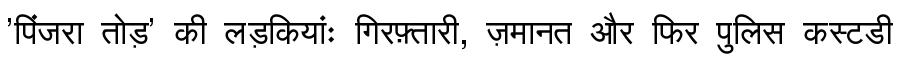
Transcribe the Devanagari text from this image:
'पिंजरा तोड़' की लड़कियांः गिरफ़्तारी, ज़मानत और फिर पुलिस कस्टडी